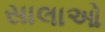
સાલાઓ